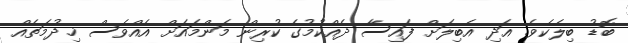
ބޮޑު ބިލެކެވެ. އަދި އެބިލަށް ފައިސާ ދެއްކުމުގެ ކުރިން މަންމައަށް އެއްވެސް ޚިދުމަތެއް